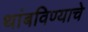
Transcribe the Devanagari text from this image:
थांबविण्याचे